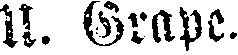
U. Grape.